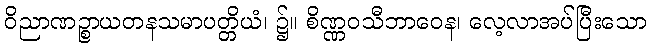
ဝိညာဏဉ္စာယတနသမာပတ္တိယံ၊ ၌။ စိဏ္ဏဝသီဘာဝေန၊ လေ့လာအပ်ပြီးသော